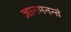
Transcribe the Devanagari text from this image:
ज्ञानमनन्तं